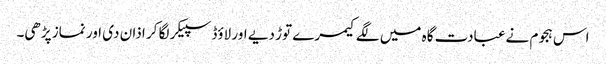
اس ہجوم نےعبادت گاہ میں لگے کیمرے توڑ دیے اور لاؤڈ سپیکر لگا کر اذان دی اور نماز پڑھی۔